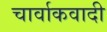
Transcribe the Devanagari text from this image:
चार्वाकवादी